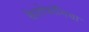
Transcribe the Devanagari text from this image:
कैलोफॉनिया